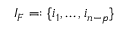
I _ { F } = : \{ i _ { 1 } , \dotsc , i _ { n - p } \}